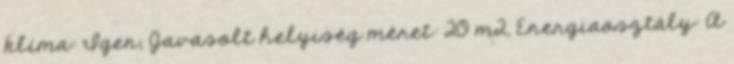
klíma: Igen, Javasolt helyiség méret: 20 m2, Energiaosztály: A